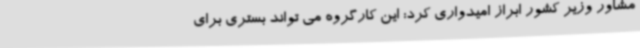
مشاور وزیر کشور ابراز امیدواری کرد: این کارگروه می تواند بستری برای